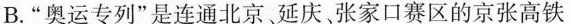
B.“奥运专列”是连通北京延庆张家口赛区的京张高铁